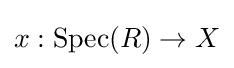
x:{\text{Spec}}(R)\to X